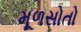
મૂળસોતો